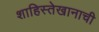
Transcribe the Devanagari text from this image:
शाहिस्तेखानाची